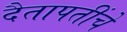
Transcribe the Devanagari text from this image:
दैतापतींचे